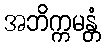
အဘိက္ကမန္တံ